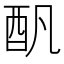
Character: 𨟱